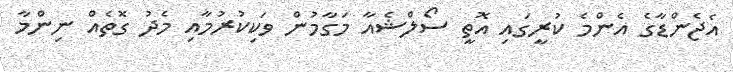
އެޖެންޑާގެ އެންމެ ކުރީގައި އޮތީ ސޯލްޝެއާ މަގާމުން ވަކިކުރުމާއި މެދު ގޮތެއް ނިންމާ